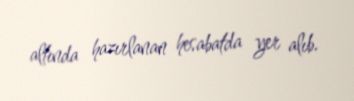
altında hazırlanan hesabatda yer alıb.